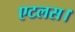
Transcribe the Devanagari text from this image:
एटलस।